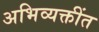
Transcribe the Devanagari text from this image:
अभिव्यक्तींत